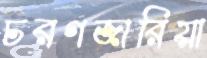
চরগজারিয়া